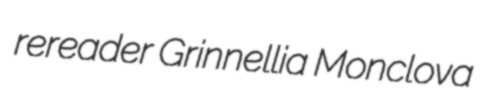
rereader Grinnellia Monclova